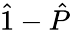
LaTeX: \hat{1}-\hat{P}